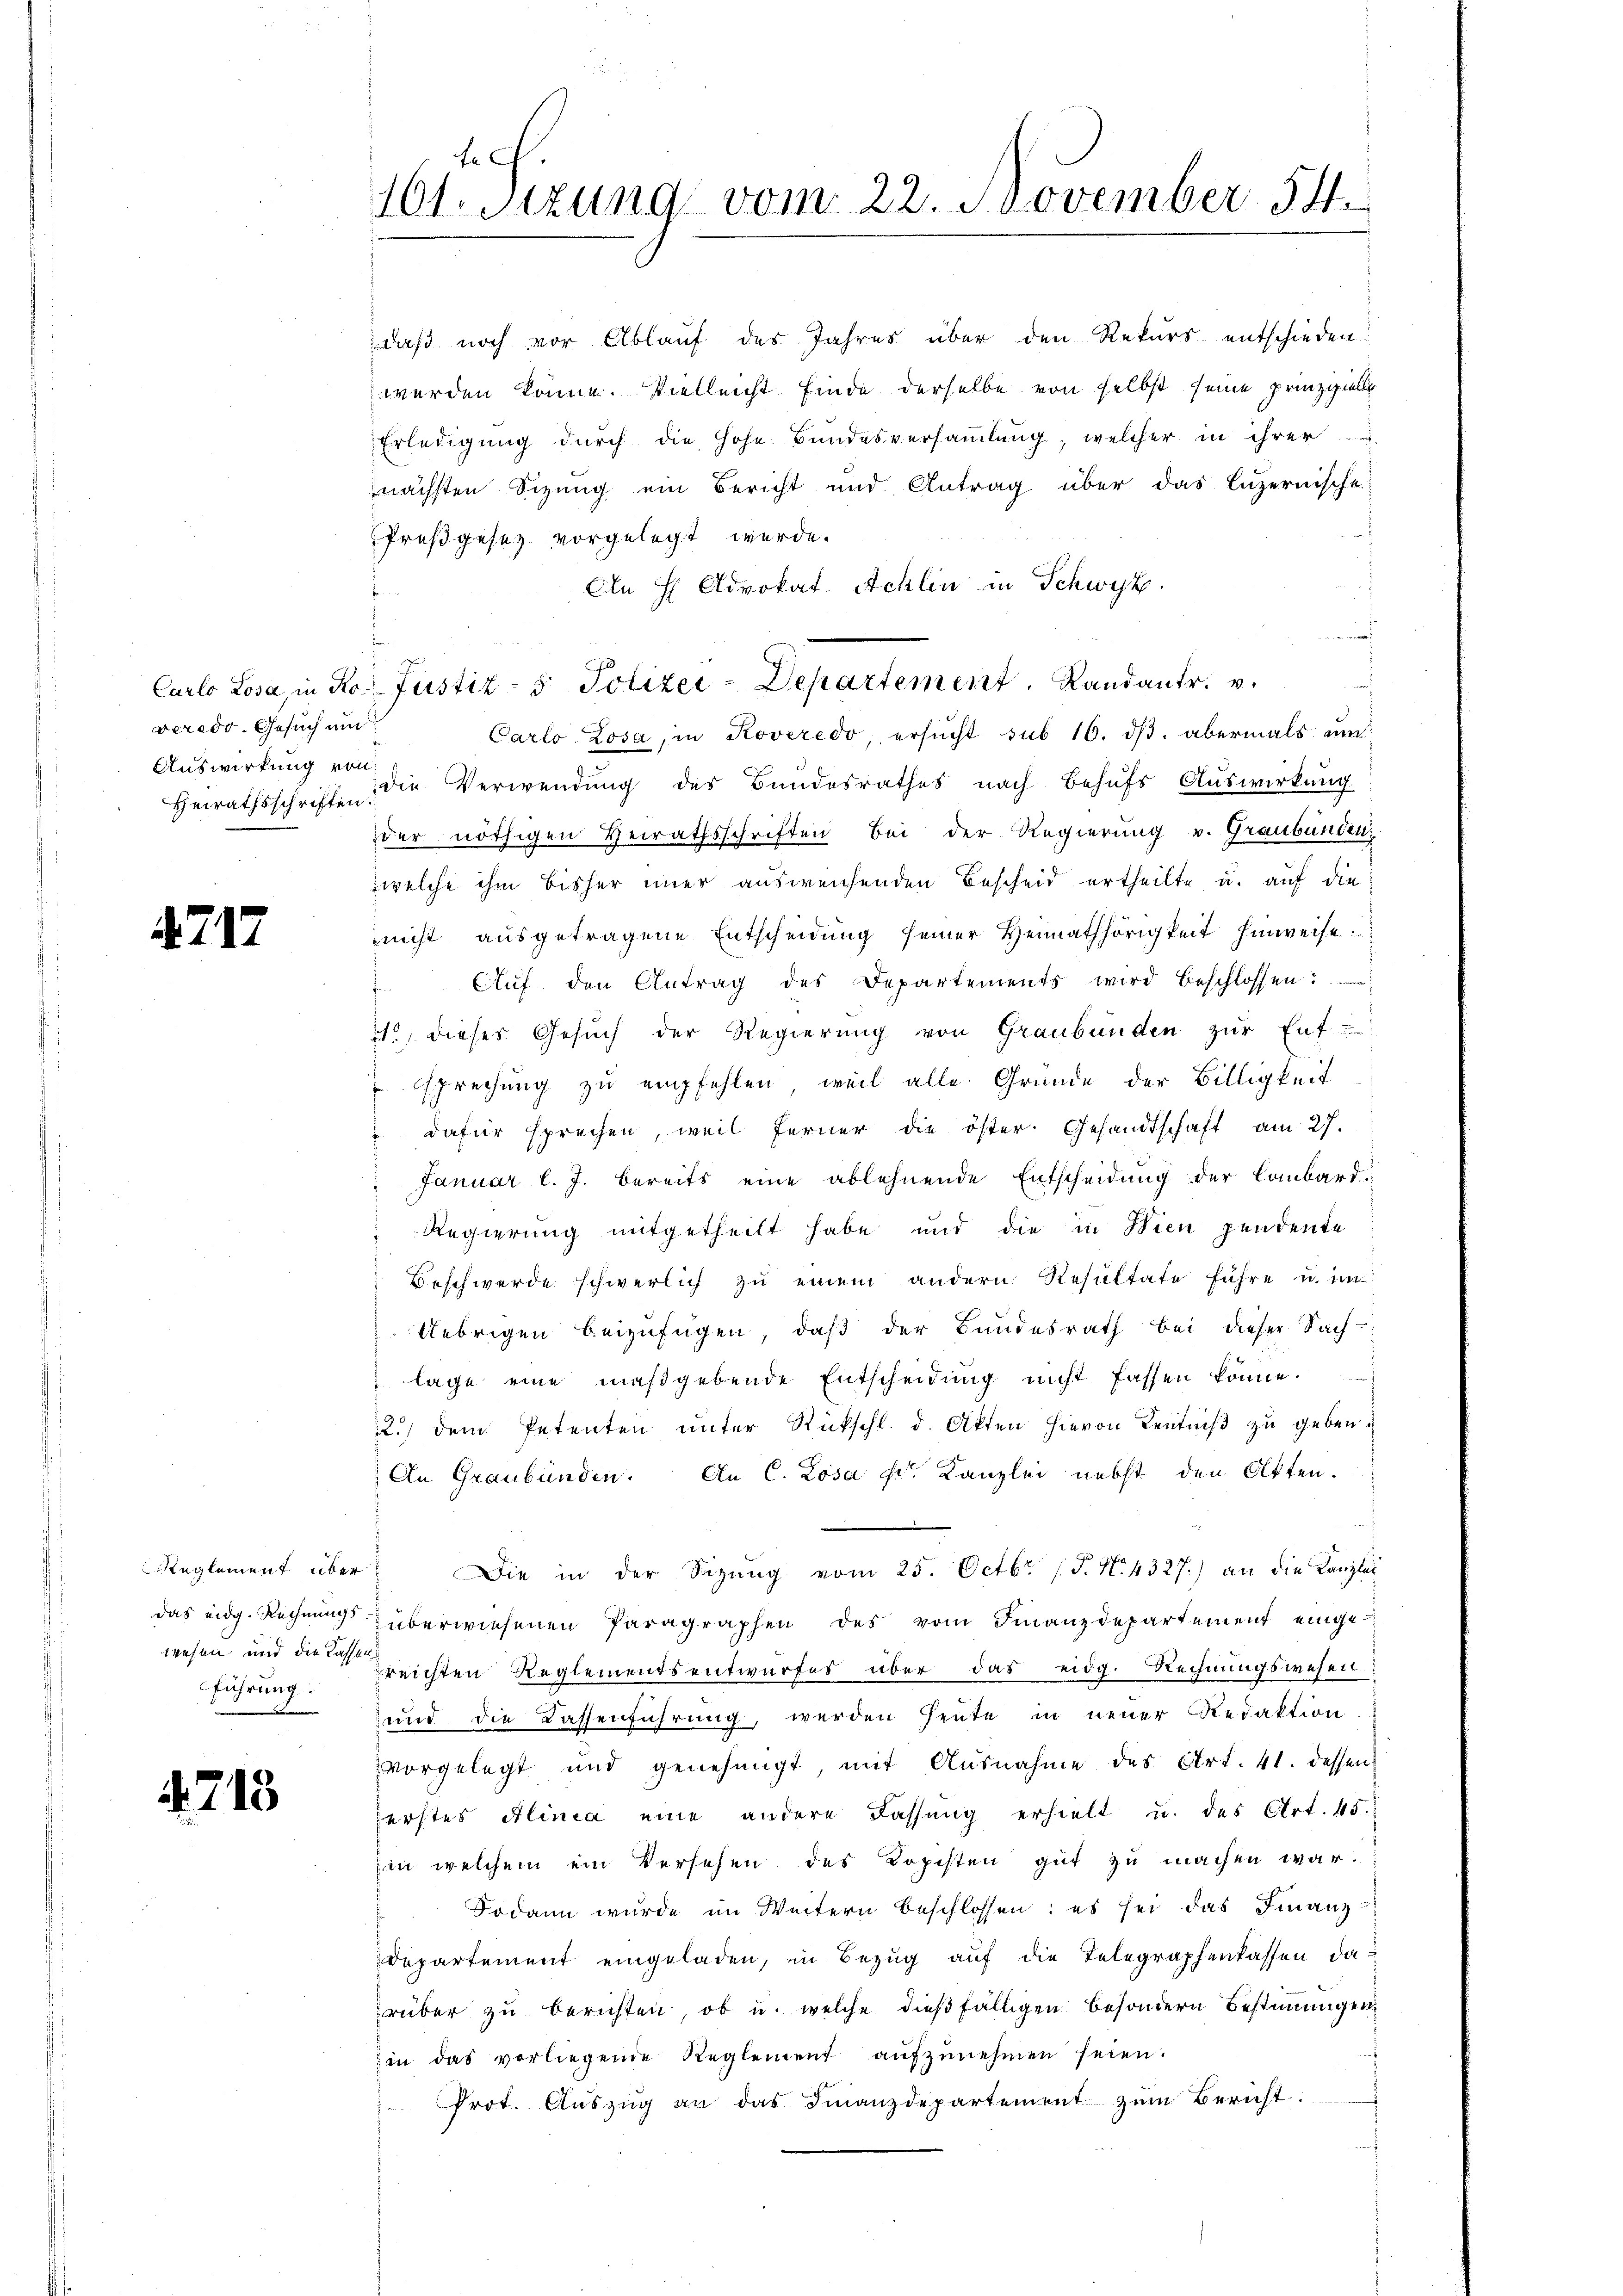
verede. Gesuch und
Auswirkung von

47.

12

Reglement über
wesen und die Cassen
führung.

4713

tec.
1te Sitzung vom 22. November 54.

daß noch vor Ablauf des Jahres über den Rekurs entschieden:
werden könne. Vielleicht finde derselbe von selbst seine prinzipielle
Erledigung durch die Hohe Bundesversammlung, welcher in ihrer
nächsten Sizung ein Bericht und Antrag über das Luzernische
Preßgesez vorgelegt wurde.
An H Advokat Achlin in Schwyz.
a
Carlo Losa, in Roveredo, ersucht sub 16. dβ abermals um
Heirathsschriften die Verwendung des Bundesrathes nach Behŭfs Auswirkung
der nöthigen Verrathsschriften bei der Regierung v. Graubünden,
welche ihm bisher immer ausweichenden Bescheid ertheilte, u. auf die
nicht ausgetragene Entscheidŭng seiner Heimathörigkeit hinweise
Aŭf den Antrag des Departements wird beschlossen:
21 dieses Gesŭch der Regierŭng von Graubünden zŭr Ent-
sprechung zu empfehlen, weil alle Gründe der Billigkeit
dafür sprechen, weil ferner die öster Gesandtschaft am 27.
Januar l. J. bereits eine ablehnende Entscheidung der Lombardi¬
Regierung mitgetheilt habe und die in Wien pendente
Beschwerde schwerlich zu einem andern Resultate führe u. in
Uebrigen beizufügen, daß der Bundesrath bei dieser Sach-
lage eine maßgebende Entscheidŭng nicht fassen könne.
2.) dem Petenten ŭnter Rückschl. d. Akten hievon Kenntniβ zŭ geben.
An Graubünden. An C. Losa Hr. Kanzlei nebst den Akten.
Die in der Sitzŭng vom 25. Octbr. (T. N. 4327.) an die Kanzlei
das eidg. Rechnung überwiesenen Paragraphen des vom Finanzdepartement eingereichten Reglementsentwurfes über das eidg. Rechnungswesen
und die Kassenführung, werden heute in neuer Redaktion
vorgelegt und genehmigt, mit Ausnahme des Art. 41. dessen
ferstes Alinea eine andere Fassung erhielt u. des Art. 45
in welchem ein Versehen des Kopisten gut zu machen war.
Dodann wurde im Weitern beschlossen; es sei das Finanz-
Departement eingeladen, in Bezug auf die Telegraphenkassen da
rüber zu berichten, ob u. welche dießfälligen besondern Bestimmigenin das vorliegene Reglement aŭfzŭnehmen seien.
" Prot. Aŭszŭg an das Finanzdepartement zŭm Bericht.

Carlo Losa, in Ko- Justiz- & Polizei-Departement. Randantr. v.